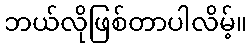
ဘယ်လိုဖြစ်တာပါလိမ့်။